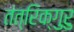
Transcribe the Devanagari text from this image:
तंत्रिक्गुरु